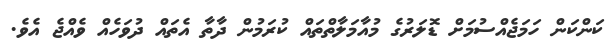
ކަންކަން ހަމަޖެއްސުމަށް ޑޮލަރުގެ މުއާމަލާތްތައް ކުރަމުން ދާތާ އެތައް ދުވަހެއް ވެއްޖެ އެވެ.